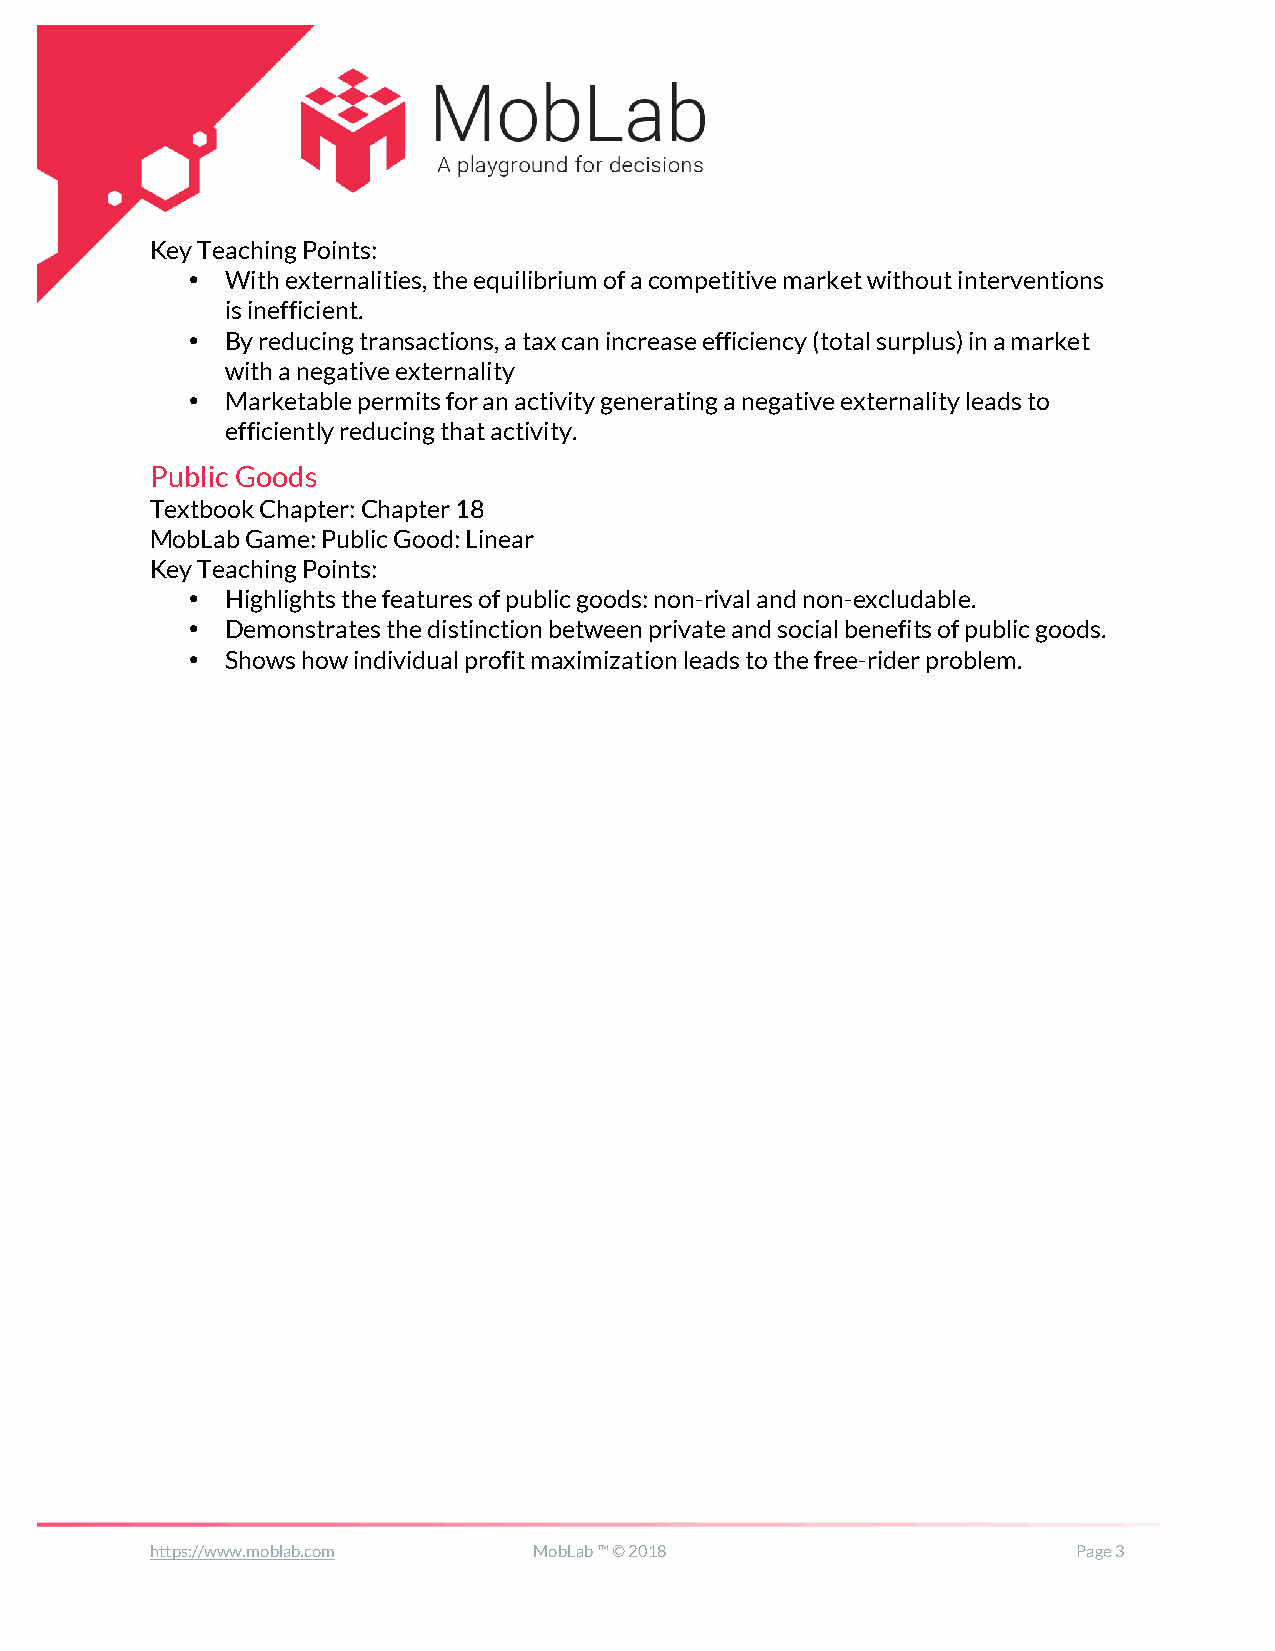
Key Teaching Points:
 •  With externalities, the equilibrium of a competitive market without interventions
 is inefficient.
 •  By reducing transactions, a tax can increase efficiency (total surplus) in a market
 with a negative externality
 •  Marketable permits for an activity generating a negative externality leads to
 efficiently reducing that activity.
 Public Goods
 Textbook Chapter: Chapter 18
 MobLab Game: Public Good: Linear
 Key Teaching Points:
 •  Highlights the features of public goods: non-rival and non-excludable.
 •  Demonstrates the distinction between private and social benefits of public goods.
 •  Shows how individual profit maximization leads to the free-rider problem.
 https://www.moblab.com   MobLab ™ © 2018                     Page 3